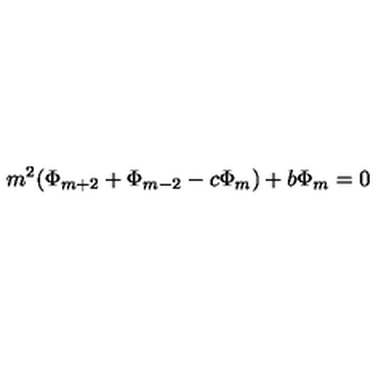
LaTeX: m ^ { 2 } ( \Phi _ { m + 2 } + \Phi _ { m - 2 } - c \Phi _ { m } ) + b \Phi _ { m } = 0